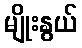
မျိုးနွယ်